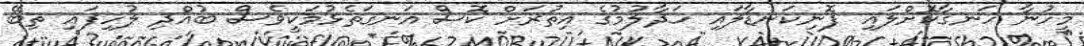
މީހުނާ ހަނގާކޮށްލައި ފޮނިކަނޑާލައި ހަދާލުމުގެ އިތުރަށް ކޮސް އަނގަތެޅުމަކީވެސް ބުއްދި ލުހިފައި ތިބޭ